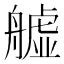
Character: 𦪡